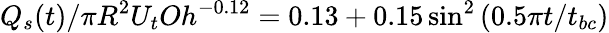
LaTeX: Q_{s}(t)/\pi R^{2}U_{t}Oh^{-0.12}=0.13+0.15\sin^{2}\left(0.5\pi{t}/{t_{bc}}\right)